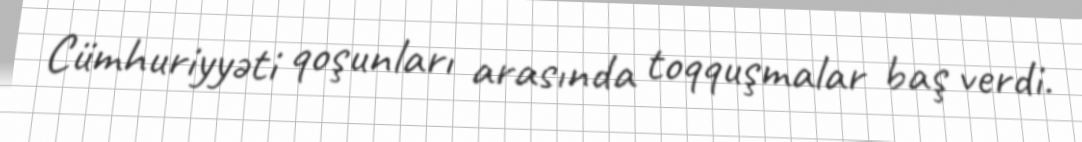
Cümhuriyyəti qoşunları arasında toqquşmalar baş verdi.